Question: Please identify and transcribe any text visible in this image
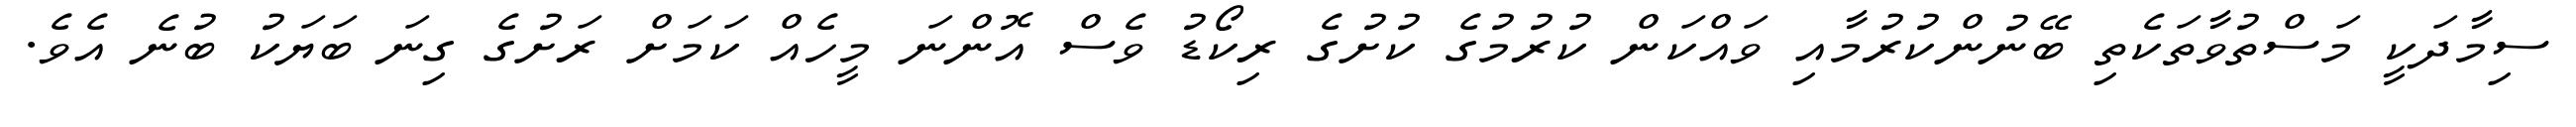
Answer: ސިމާދަކީ މަސްތުވާތަކެތި ބޭނުންކުރުމާއި ވައްކަން ކުރުމުގެ ކުށުގެ ރިކޯޑު ވެސް އޮންނަ މީހެއް ކަމަށް ރަށުގެ ގިނަ ބަޔަކު ބުނެ އެވެ.